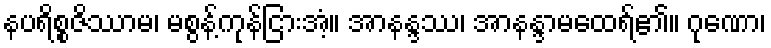
နပရိစ္စဇိဿာမ၊ မစွန့်ကုန်ငြားအံ့။ အာနန္ဒဿ၊ အာနန္ဒာမထေရ်၏။ ဂုဏော၊